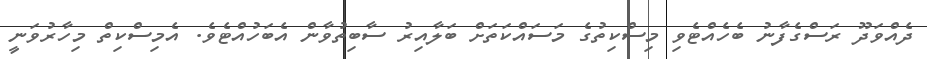
ދެއްވަދޫ ރަސްގެފާނު ބެހެއްޓެވި މިސްކިތުގެ މަސައްކަތަށް ބަލާއިރު ސާބިތުވާން އެބަހުއްޓެވެ. އެމިސްކިތް މިހާރުވަނީ